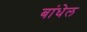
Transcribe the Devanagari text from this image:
बांधेल